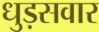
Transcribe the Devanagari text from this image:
धुड़सवार